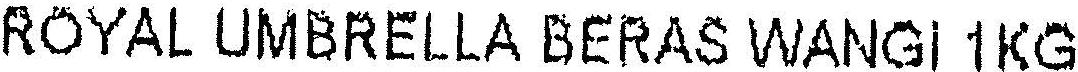
ROYAL UMBRELLA BERAS WANGI 1KG